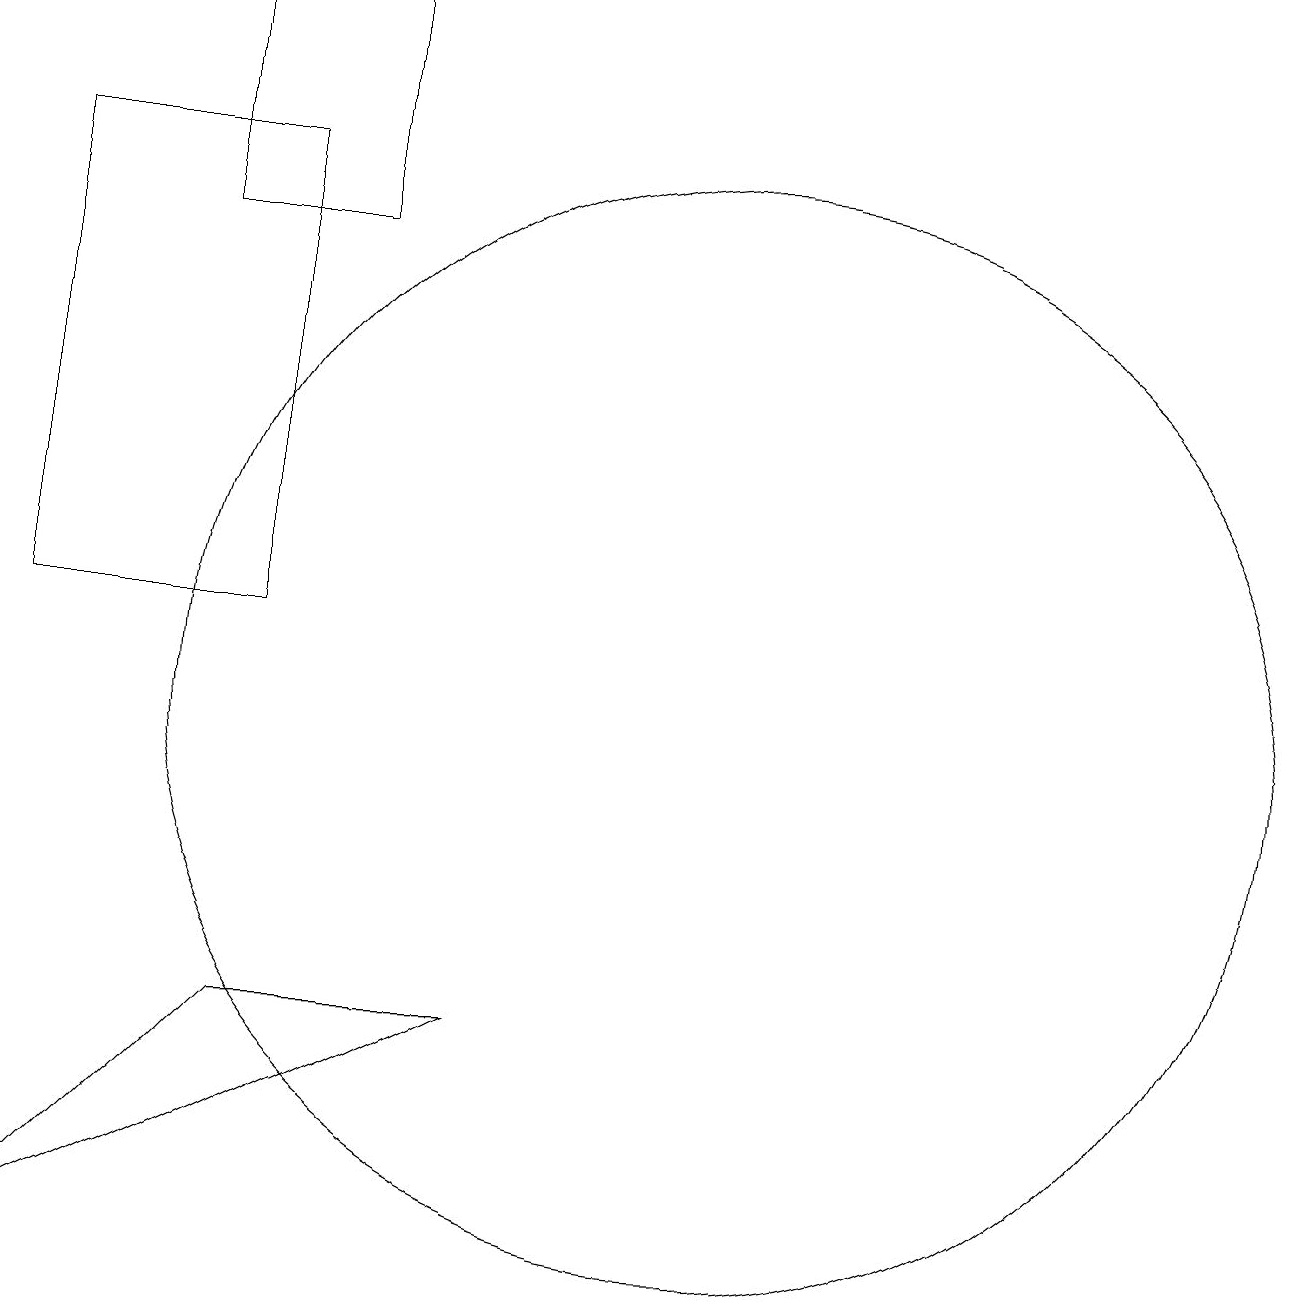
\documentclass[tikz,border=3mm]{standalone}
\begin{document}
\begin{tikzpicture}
\draw (4,19) rectangle (6,16);
\draw (2,17) rectangle (5,11);
\draw (8,6) -- (5,6) -- (2,3) -- cycle;
\draw (11,10) circle (7);
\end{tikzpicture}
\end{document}